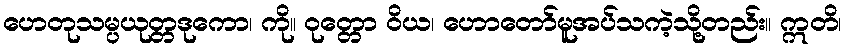
ဟေတုသမ္ပယုတ္တဒုကော၊ ကို။ ဝုတ္တော ဝိယ၊ ဟောတော်မူအပ်သကဲ့သို့တည်း။ ဣတိ၊